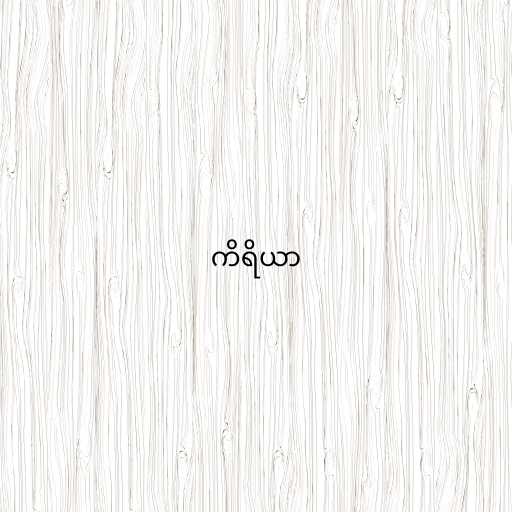
ကိရိယာ